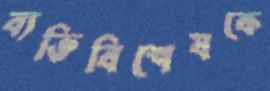
ব্যক্তিবিশেষকে